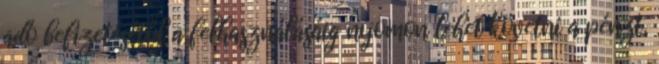
adó befizetésétől a felhasználásáig nyomon lehet követni a pénzt,